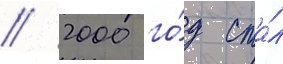
// 2000 го́д ста́л